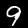
Label: 9